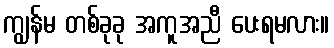
ကျွန်မ တစ်ခုခု အကူအညီ ပေးရမလား။